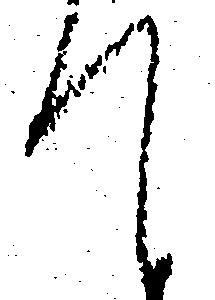
て